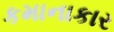
કમાનાકાર